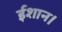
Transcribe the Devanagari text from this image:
ईशान।